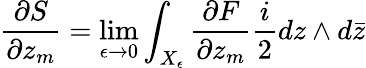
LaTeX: \frac{\partial S}{\partial z_{m}}=\operatorname*{lim}_{\epsilon\rightarrow 0}\int_{X_{\epsilon}}\frac{\partial F}{\partial z_{m}}\frac{i}{2}dz\wedge d\bar{z}